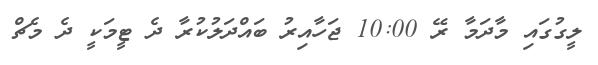
ލީގުގައި މާދަމާ ރޭ 10:00 ޖަހާއިރު ބައްދަލުކުރާ ދެ ޓީމަކީ ދެ މެޗް